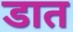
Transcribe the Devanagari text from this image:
डात